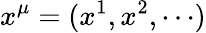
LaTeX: x^{\mu}=(x^{1},x^{2},\cdots)